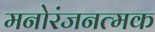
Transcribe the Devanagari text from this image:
मनोरंजनत्मक